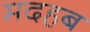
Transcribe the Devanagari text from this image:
मदहब